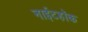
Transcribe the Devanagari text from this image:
नाईटहॉक